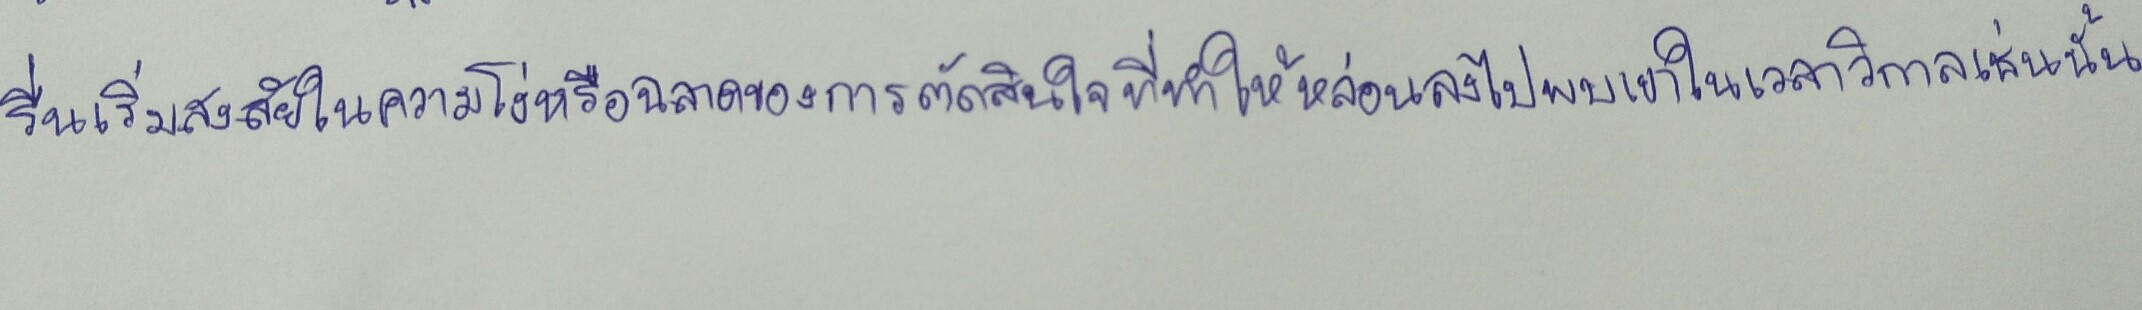
รื่นเริ่มสงสัยในความโง่หรือฉลาดของการตัดสินใจที่ทำให้หล่อนลงไปพบเขาในเวลาวิกาลเช่นนั้น